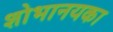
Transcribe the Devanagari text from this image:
शोभानयका